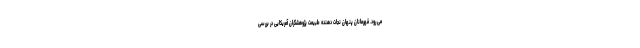
می رود. قهرمانان پنهان نجات ‌دهنده طبیعت پژوهشگران آمریکایی در بررسی